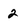
Character: 2